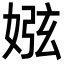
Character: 娹